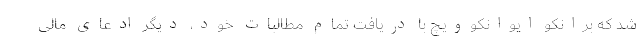
شد که برانکو ایوانکوویچ با دریافت تمام مطالبات خود، دیگر ادعای مالی